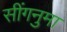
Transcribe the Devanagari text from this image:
सींगनुमा